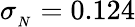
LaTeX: \sigma_{{}_{N}}=0.124